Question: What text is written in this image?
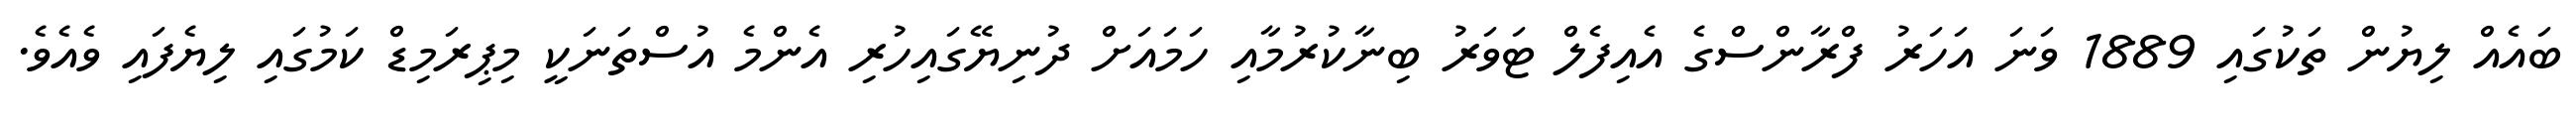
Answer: ބައެއް ލިޔުން ތަކުގައި 1889 ވަނަ އަހަރު ފްރާންސްގެ އެއިފެލް ޓަވަރު ބިނާކުރުމާއި ހަމައަށް ދުނިޔޭގައިހުރި އެންމެ އުސްތަނަކީ މިޕިރަމިޑް ކަމުގައި ލިޔެފައި ވެއެވެ.